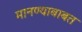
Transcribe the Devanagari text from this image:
मानण्याबाबत